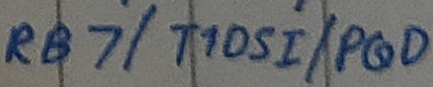
Text: RB7/T10SI/PGD